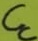
Text: CC